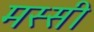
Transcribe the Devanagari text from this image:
मस्सी